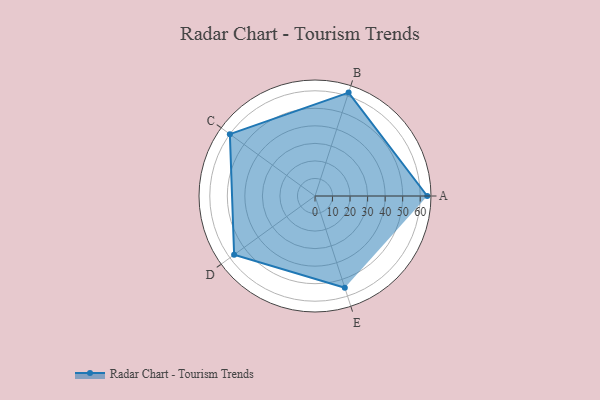
{"axis": {"x": "Skill", "y": "Score"}, "legend": ["Profile"], "data": [{"x": "A", "y": 64.0, "type": "Profile"}, {"x": "B", "y": 62.0, "type": "Profile"}, {"x": "C", "y": 60.0, "type": "Profile"}, {"x": "D", "y": 57.0, "type": "Profile"}, {"x": "E", "y": 55.0, "type": "Profile"}]}